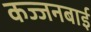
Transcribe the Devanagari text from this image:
कज्जनबाई